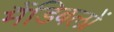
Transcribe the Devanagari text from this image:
मैंडिबलों